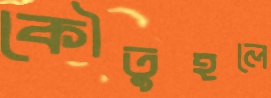
কৌতুহলে